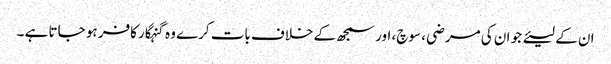
ان کے لیئے جو ان کی مرضی ، سوچ، اور سمجھ کے خلاف بات کرے وہ گنہگار کافر ہو جاتا ہے ۔